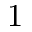
1